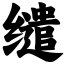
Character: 缱